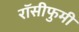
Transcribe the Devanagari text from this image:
रॉसीफुमी